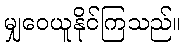
မျှဝေယူနိုင်ကြသည်။